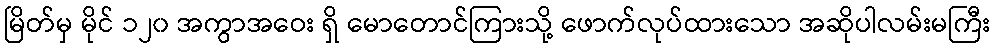
မြိတ်မှ မိုင် ၁၂၀ အကွာအဝေး ရှိ မောတောင်ကြားသို့ ဖောက်လုပ်ထားသော အဆိုပါလမ်းမကြီး